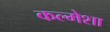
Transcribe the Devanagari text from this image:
कल्मेशा